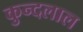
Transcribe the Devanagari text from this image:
कुन्दलाल